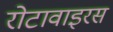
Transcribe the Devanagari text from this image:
रोटावाइरस